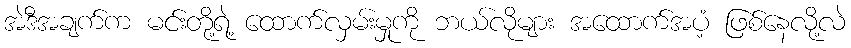
အဲဒီအချက်က မင်းတို့ရဲ့ ထောက်လှမ်းမှုကို ဘယ်လိုများ အထောက်အပံ့ ဖြစ်နေလို့လဲ